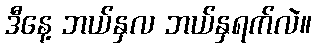
ဒီနေ့ ဘယ်နှလ ဘယ်နှရက်လဲ။